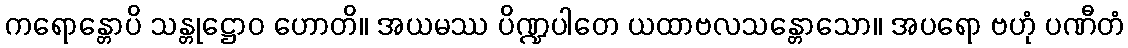
ကရောန္တောပိ သန္တုဋ္ဌောဝ ဟောတိ။ အယမဿ ပိဏ္ဍပါတေ ယထာဗလသန္တောသော။ အပရော ဗဟုံ ပဏီတံ